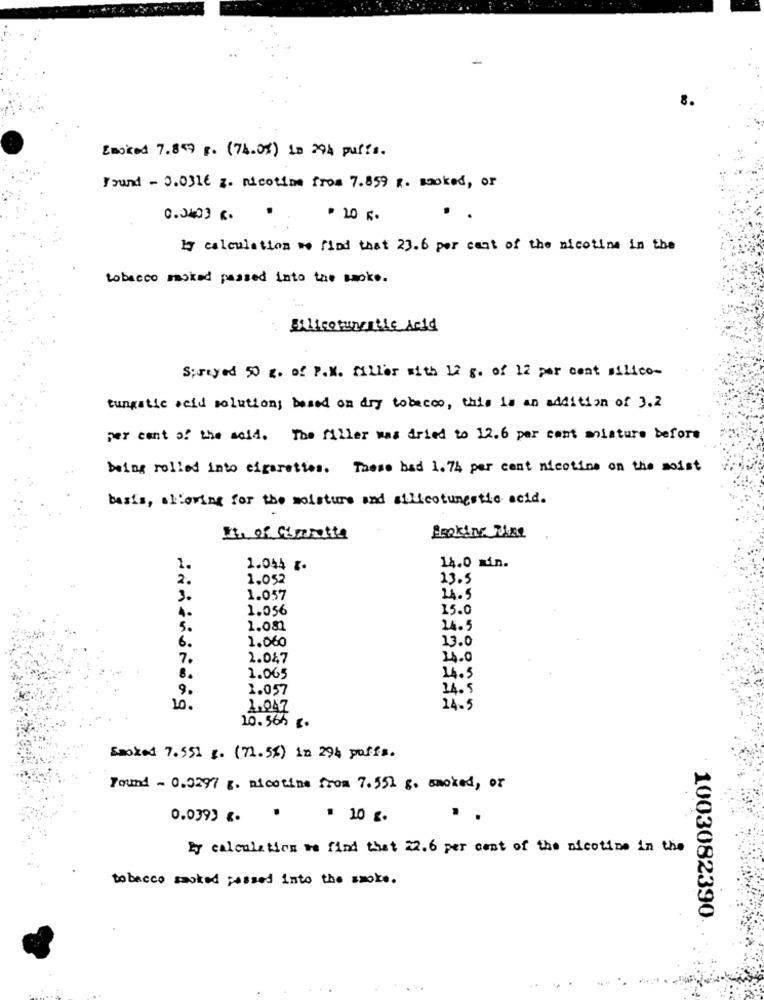
Emoked 7.849 F. (74.0%) 10 294 puffs.
Found - 0.0316 z. nicotine from 7.859 R. sooked, or
0.3403 G.
.
..
by calculation we find that 23.6 per cent of the nicotine in the
tobacco masked passed into the smoke .
Bilicotunertic Acid
Sprayed 50 z. of P.W. Miller with 12 g. of 12 per cent silico-
tungstic seid solutions based on dry tobacco, this is an addition of 3.2
per cent of the said. The filler was dried to 12.6 per cent alature before
being rolled into cigarettes. These bad 1.74 per cent nicotine on the moist
basis, allowing for the moisture and silicotunestic acid.
Et of Caretta
1.
1.044 g.
14.0 min.
2.
1.052
13.5
3.
1.057
24.5
1.
1.056
15.0
5.
1.081
14.5
6.
1.060
13.0
7.
2.047
14.0
14.5
8.
1.065
9.
1.057
14.5
10.
2.047
14.5
10. 56h 2.
Smoked 7.551 g. (71.5%) in 294 puffs.
Found - 0.0297 g. nicotine from 7.552 g. smoked, or
0.0393 . .
. 10 g.
..
Ey calculation we find that 22.6 per cent of the nicotine in the
tobacco smoked passed into the smoke.
1003082390